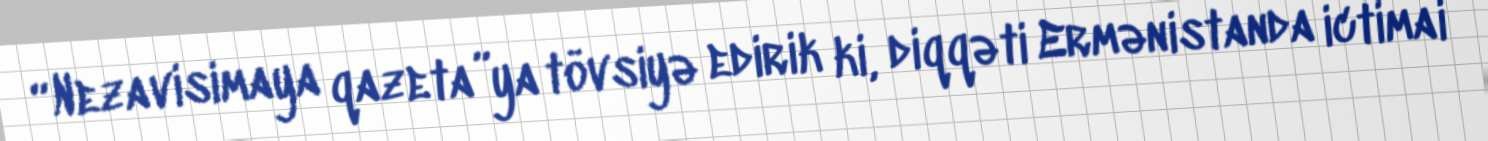
“Nezavisimaya qazeta”ya tövsiyə edirik ki, diqqəti Ermənistanda ictimai